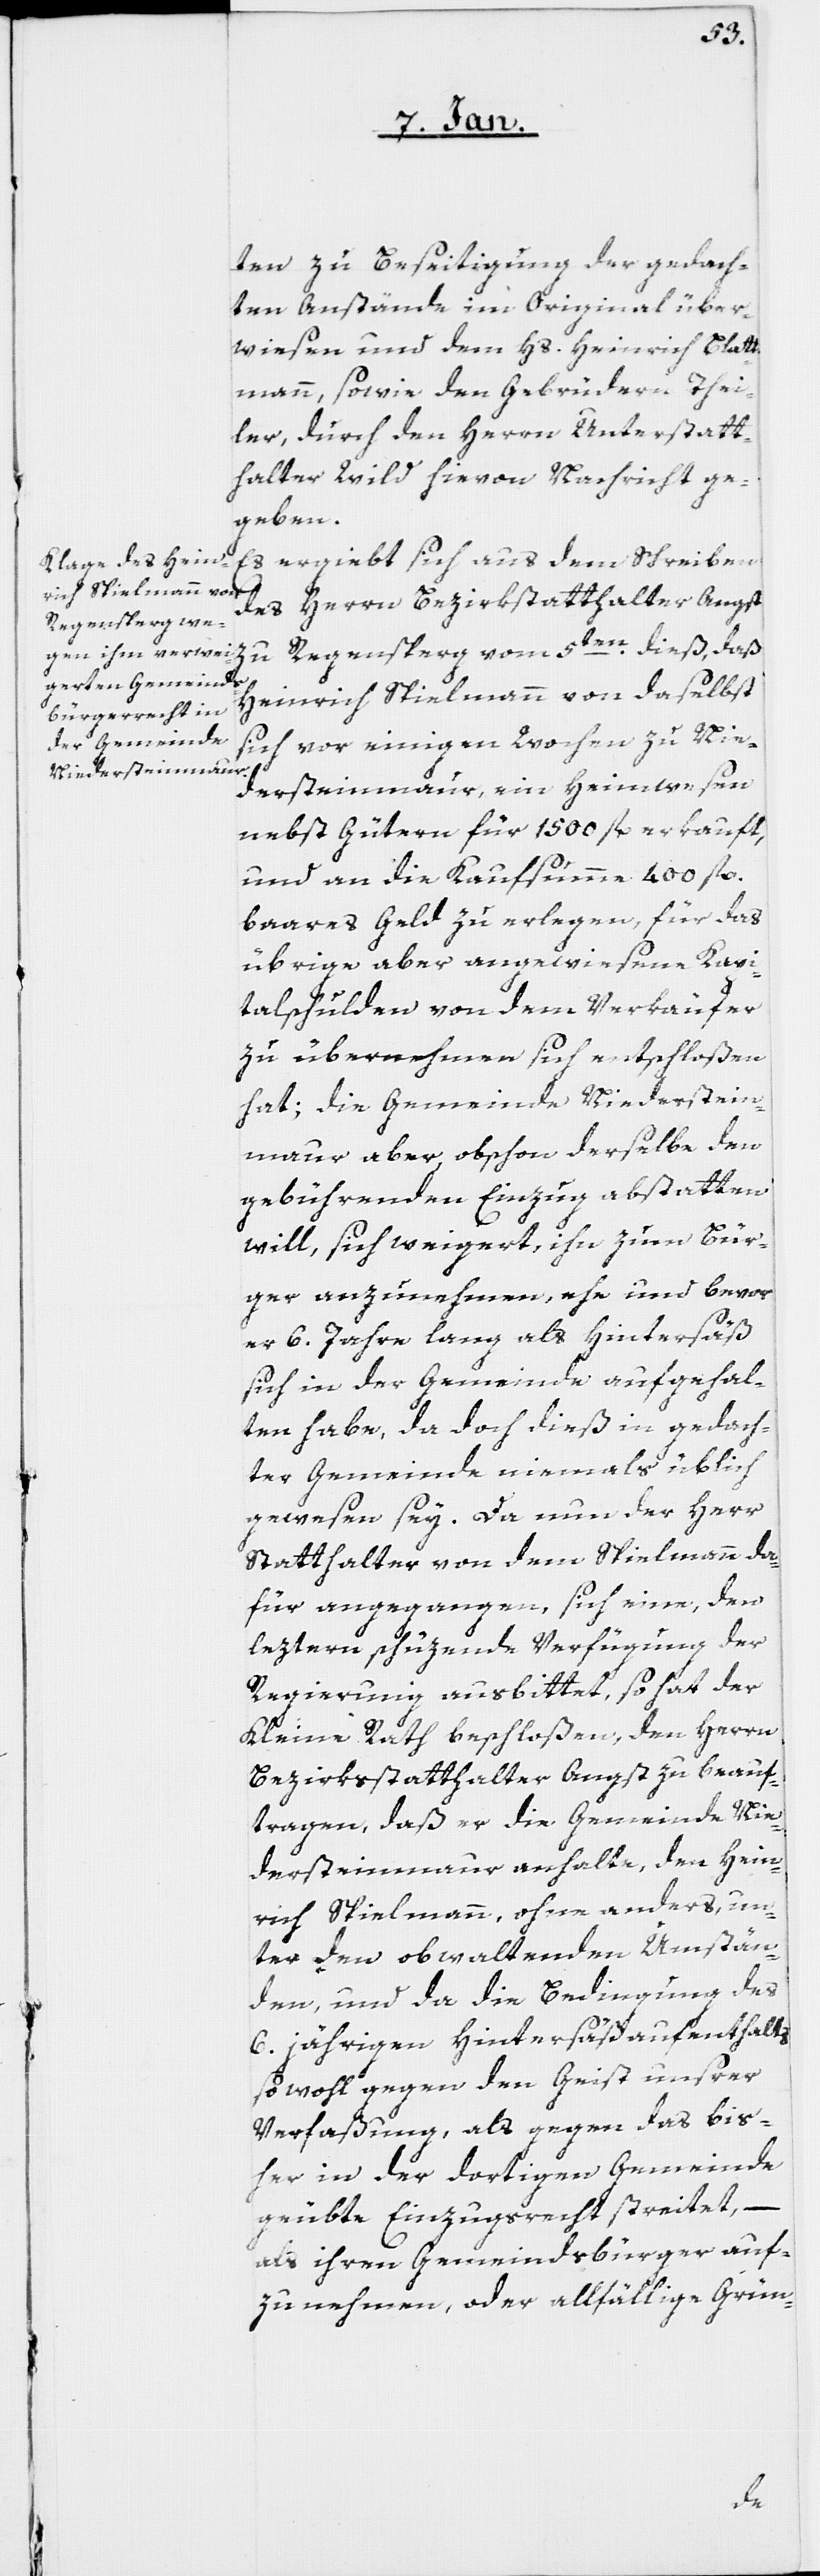
ten zu Beseitigung der gedach¬
ten Anstände im Original über¬
wiesen und dem Hs. Heinrich Blatt¬
mann, sowie den Gebrüdern Thei¬
ler, durch den Herrn Unterstatt¬
halter Wild hievon Nachricht ge¬
geben.
Es ergiebt sich aus dem Schreiben
des Herrn Bezirksstatthalter Angst
zu Regensperg vom 5ten. dieß, daß
Heinrich Spielmann von daselbst
sich vor einigen Wochen zu Nie¬
dersteinmaur ein Heimwesen
nebst Gütern für 1500 fl. erkauft,
und an die Kaufsumme 400 fl.
baares Geld zu erlegen, für das
übrige aber angewiesene Kapi¬
talschulden von dem Verkäufer
zu übernehmen sich entschloßen
hat; die Gemeinde Niederstein¬
maur aber, obschon derselbe den
gebührenden Einzug abstatten
will, sich weigert, ihn zum Bür¬
ger anzunehmen, ehe und bevor
er 6. Jahre lang als Hintersäß
sich in der Gemeinde aufgehal¬
ten habe, da doch dieß in gedach¬
ter Gemeinde niemals üblich
gewesen sey. Da nun der Herr
Statthalter von dem Spielmann da¬
für angegangen, sich eine, den
leztern schüzende Verfügung der
Regierung ausbittet, so hat der
Kleine Rath beschloßen, den Herrn
Bezirksstatthalter Angst zu beauf¬
tragen, daß er die Gemeinde Nie¬
dersteinmaur anhalte, den Hein¬
rich Spielmann ohne anders, un¬
ter den obwaltenden Umstän¬
den, und da die Bedingung des
6. jährigen Hintersäßenaufenthalts
sowohl gegen den Geist unsrer
Verfaßung, als gegen das bis¬
her in der dortigen Gemeinde
geübte Einzugsrecht streitet, –
als ihren Gemeindsbürger auf¬
zunehmen, oder allfällige Grün-